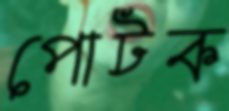
পোটক